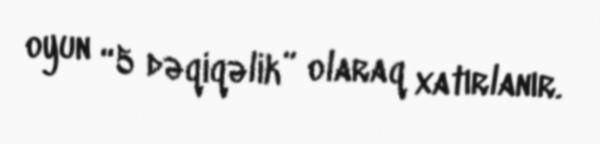
oyun “5 dəqiqəlik” olaraq xatırlanır.